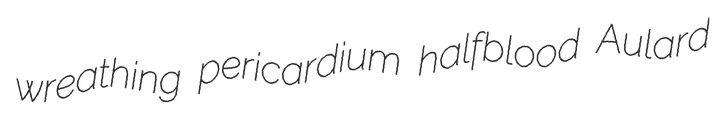
wreathing pericardium halfblood Aulard